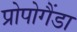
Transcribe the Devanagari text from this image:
प्रोपोगैंडा